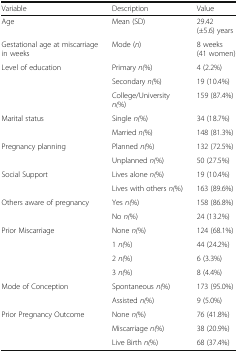
<table><thead><tr><td><b>Variable</b></td><td><b>Description</b></td><td><b>Value</b></td></tr></thead><tbody><tr><td>Age</td><td>Mean (SD)</td><td>29.42 (±5.6) years</td></tr><tr><td>Gestational age at miscarriage in weeks</td><td>Mode (<i>n</i>)</td><td>8 weeks (41 women)</td></tr><tr><td rowspan="3">Level of education</td><td>Primary <i>n(</i>%)</td><td>4 (2.2%)</td></tr><tr><td>Secondary <i>n(</i>%)</td><td>19 (10.4%)</td></tr><tr><td>College/University <i>n(</i>%)</td><td>159 (87.4%)</td></tr><tr><td rowspan="2">Marital status</td><td>Single <i>n(</i>%)</td><td>34 (18.7%)</td></tr><tr><td>Married <i>n(</i>%)</td><td>148 (81.3%)</td></tr><tr><td rowspan="2">Pregnancy planning</td><td>Planned <i>n(</i>%)</td><td>132 (72.5%)</td></tr><tr><td>Unplanned <i>n(</i>%)</td><td>50 (27.5%)</td></tr><tr><td rowspan="2">Social Support</td><td>Lives alone <i>n(</i>%)</td><td>19 (10.4%)</td></tr><tr><td>Lives with others <i>n(</i>%)</td><td>163 (89.6%)</td></tr><tr><td rowspan="2">Others aware of pregnancy</td><td>Yes <i>n(</i>%)</td><td>158 (86.8%)</td></tr><tr><td>No <i>n(</i>%)</td><td>24 (13.2%)</td></tr><tr><td rowspan="4">Prior Miscarriage</td><td>None <i>n(</i>%)</td><td>124 (68.1%)</td></tr><tr><td>1 <i>n(</i>%)</td><td>44 (24.2%)</td></tr><tr><td>2 <i>n(</i>%)</td><td>6 (3.3%)</td></tr><tr><td>3 <i>n(</i>%)</td><td>8 (4.4%)</td></tr><tr><td rowspan="2">Mode of Conception</td><td>Spontaneous <i>n(</i>%)</td><td>173 (95.0%)</td></tr><tr><td>Assisted <i>n(</i>%)</td><td>9 (5.0%)</td></tr><tr><td rowspan="3">Prior Pregnancy Outcome</td><td>None <i>n(</i>%)</td><td>76 (41.8%)</td></tr><tr><td>Miscarriage <i>n(</i>%)</td><td>38 (20.9%)</td></tr><tr><td>Live Birth <i>n(</i>%)</td><td>68 (37.4%)</td></tr></tbody></table>